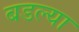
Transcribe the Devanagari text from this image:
बडल्या